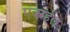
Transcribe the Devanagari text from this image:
एक्स्हेल